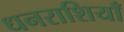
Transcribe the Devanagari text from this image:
धनराशियाँ